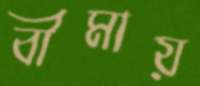
বীমায়